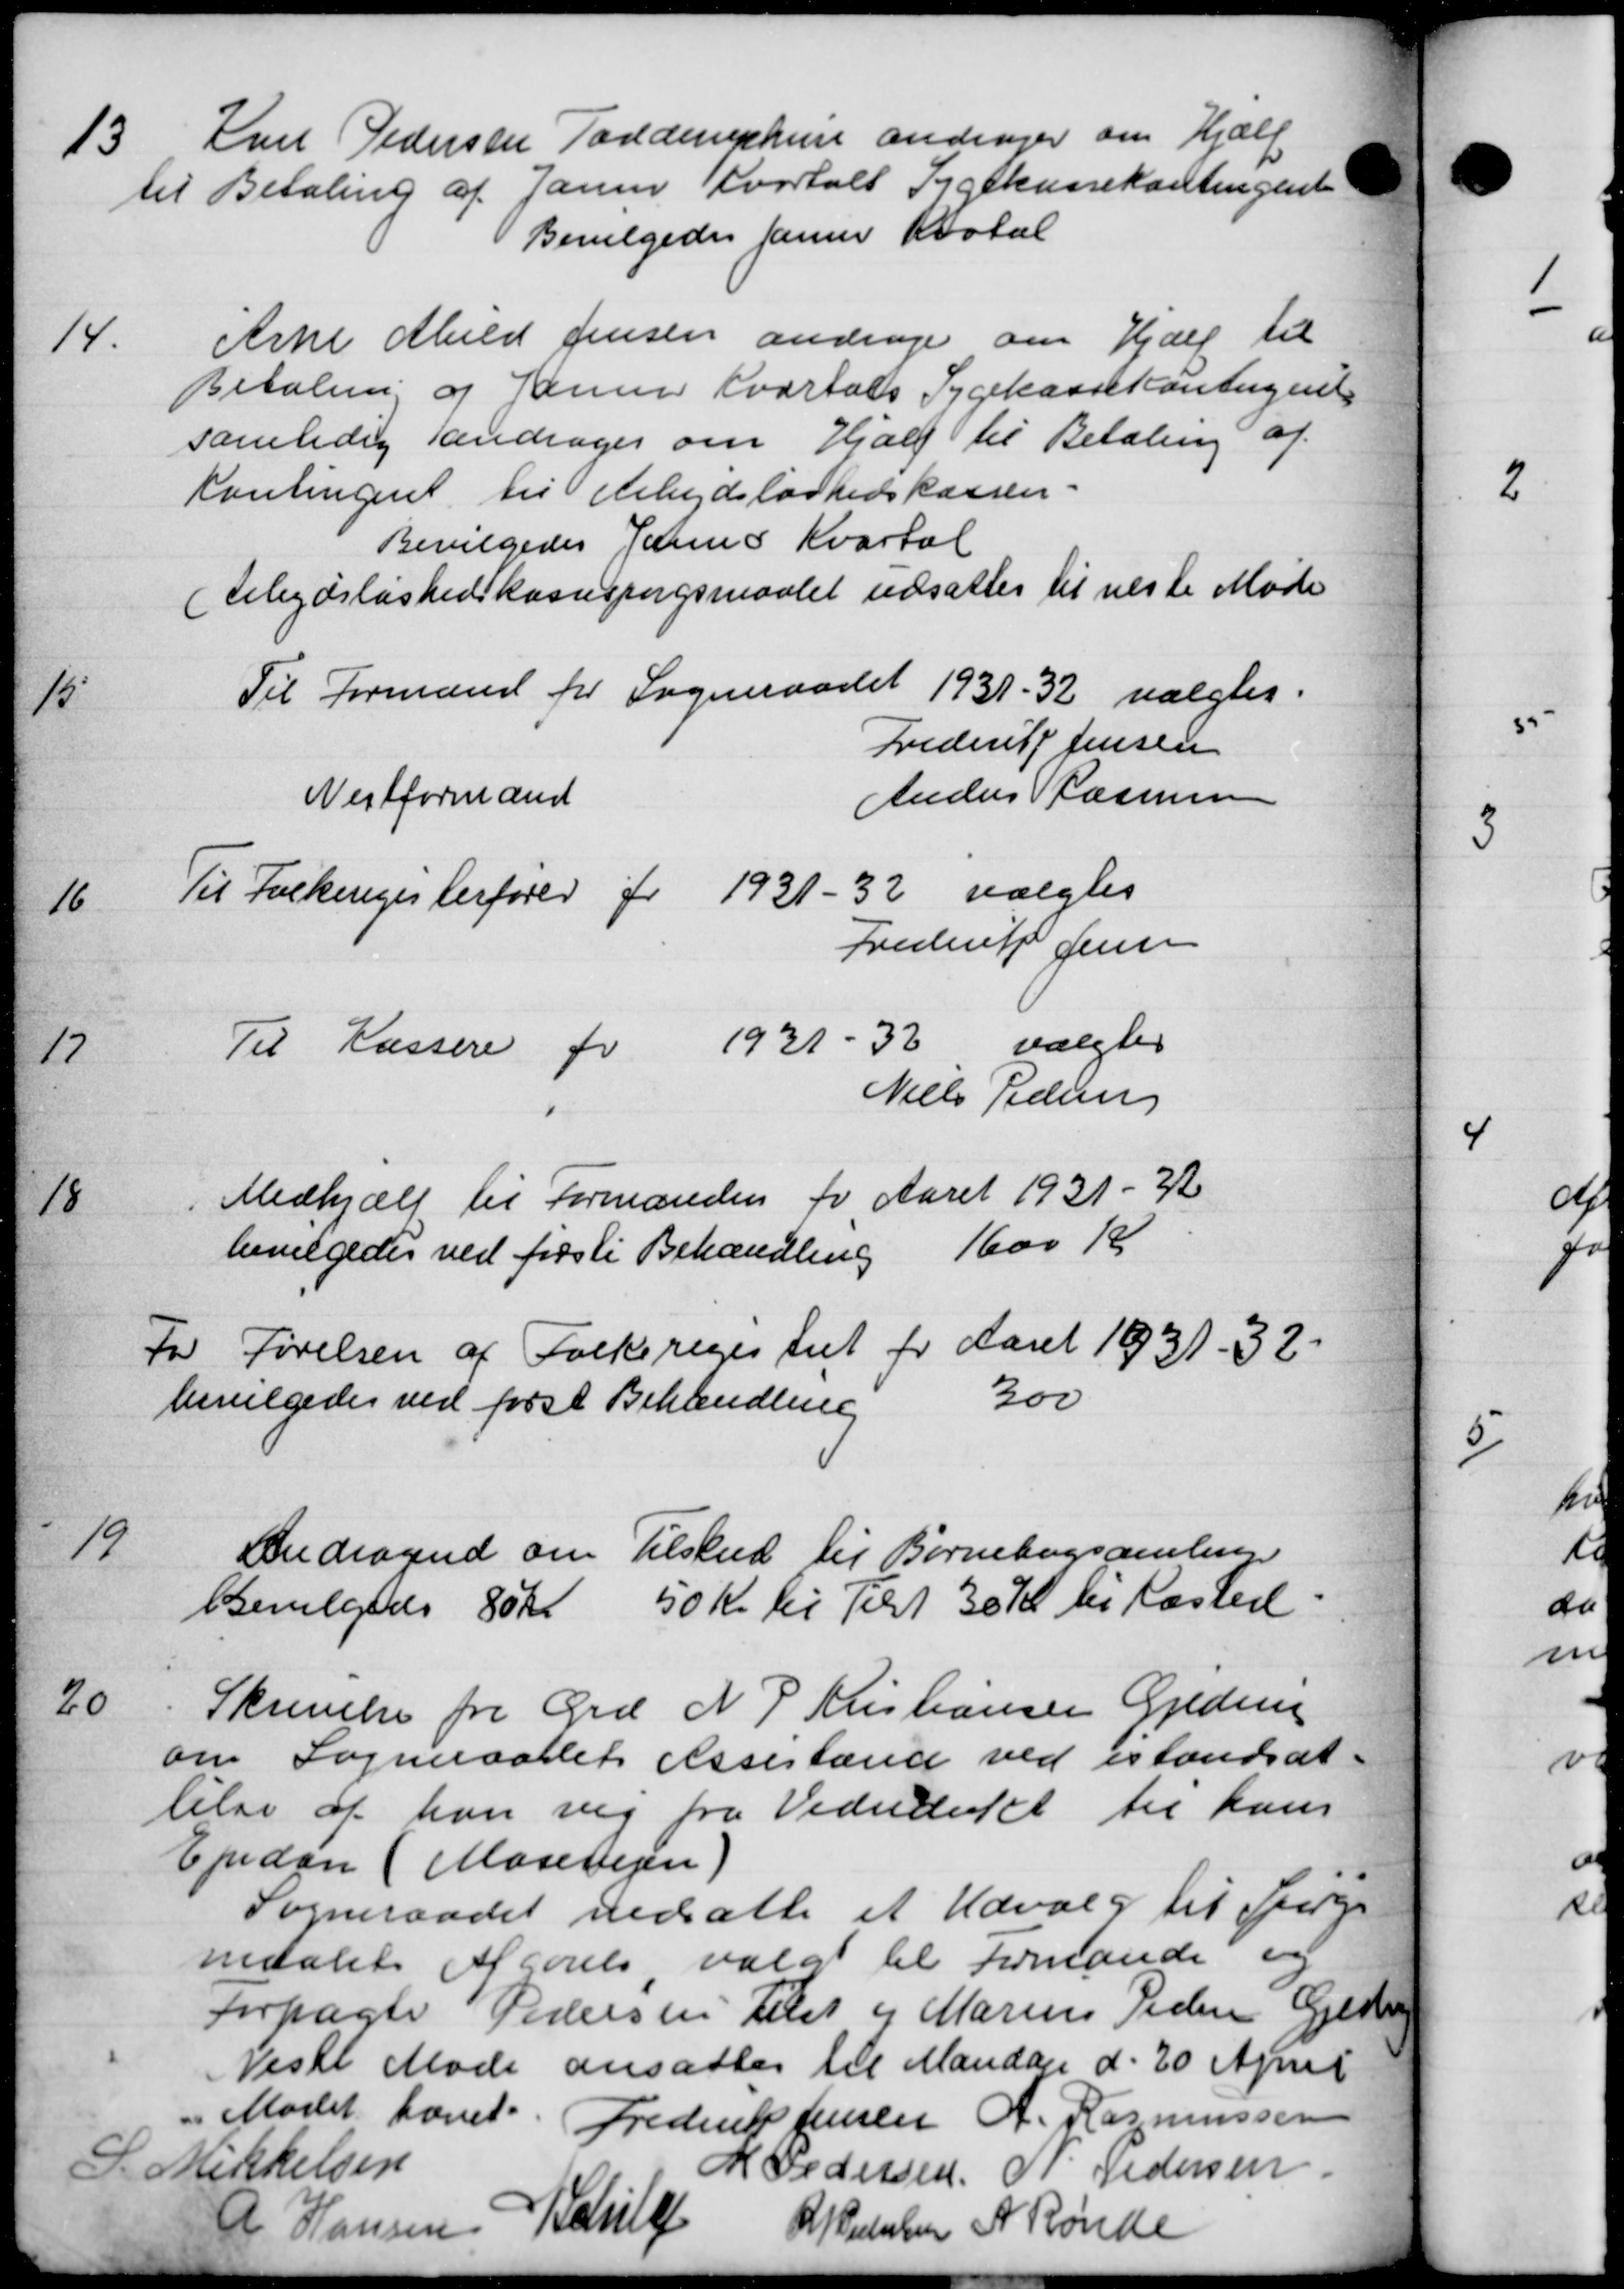
Transskription:
13
Karl Pedersen Todderuphun andrager om Hjælp
til Betaling af Januar Kvartalt Sygekassekontingente
Bevilgedes saner Katal
14.
Arke Muld Jensen andrager om Hjælp til
Betaling og Januar Kvartals Sygekassekontingent
samtidig andrager om Hjælp til Betaling af
Kontingent til Arbejdsløshedskassen.
Bevilgedes Jens Kvartal
(Arbejdsløshedskassespørgsmaalet udsattes til næste Møde
15
Til Formand for Sogneraadet 1931-32 valgtes:
Frederik Jensen
Næstformand Anders Rasmussen
16
Til Folkeregesterfører for 1931-32 valgtes
Frederik Jensen
17
Til Kassere for 1931 - 32 valgtes
Niels Pedersen
18
Medhjælp til Formanden for Aaret 1931-32
bevilgedes ved første Behandling 1600 Kr
For Førelsen af Folkeregestiet for Aaret 1931-32.
bevilgedes ved først Behandling
300
19
Andragend om Tilskud til Børnebogsamling
Bevilgedes 80 Kr 50 Kr til Tilst 30 Kr. til Rasted.
20
Skrivelse fra Grd N P Kristiansen Gjeden
om Sogneraadets Assestand ved istandsat-
lelse af han vig fra Vederditet til hans
Ejndom (Mosevejen)
Sogneraadet nedsatte et Udvalg til Spørge
maalet Afgørelse valgt til formande og
Forpagter Pedersen Tilst og Marius Pedersen Geder
Veste Møde ansattes til Mandag d. 20 April
Mødet hævet Frederik Jensen A. Rasmussen
S. Mikkelsen
M Pedersen N. Pedersen
R Hansen Verl
R P Pedelsen A Rønde